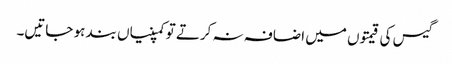
گیس کی قیمتوں میں اضافہ نہ کرتے تو کمپنیاں بند ہو جاتیں۔